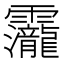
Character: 𮧁